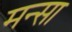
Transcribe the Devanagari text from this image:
मन्सा